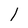
Character: 1